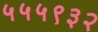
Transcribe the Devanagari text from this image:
५५५९३२